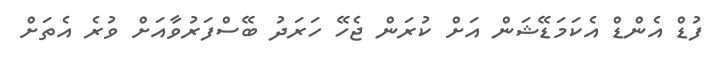
ފުޑް އެންޑް އެކަމަޑޭޝަން އަށް ކުރަން ޖެހޭ ހަރަދު ބޭސްފަރުވާއަށް ވުރެ އެތަށް